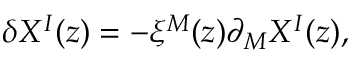
\delta X ^ { I } ( z ) = - \xi ^ { M } ( z ) \partial _ { M } X ^ { I } ( z ) ,